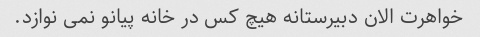
خواهرت الان دبیرستانه هیچ کس در خانه پیانو نمی نوازد.